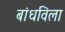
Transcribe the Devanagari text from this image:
बांधविला